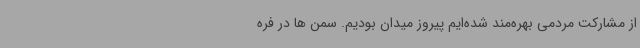
از مشارکت مردمی بهره‌مند شده‌ایم پیروز میدان بودیم. سمن ها در فره